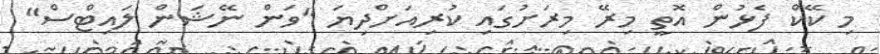
މި ކޭކް ފެޅުން އޮތީ މިރޭ މިރަށުގައި ކުރިއަށްދިޔަ "ވަން ނޭޝަން ލައިޓްސް"